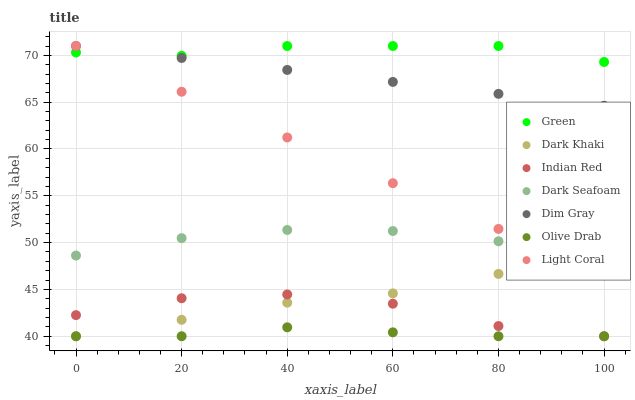
| xaxis_label | Green | Dark Khaki | Indian Red | Dark Seafoam | Dim Gray | Olive Drab | Light Coral |
 | --- | --- | --- | --- | --- | --- | --- | --- |
 | 0 | 70.3 | 40 | 42.3 | 48.6 | 71 | 40 | 71 |
 | 20 | 70 | 41.8 | 44.1 | 50.5 | 69.7 | 40 | 66.1 |
 | 40 | 71 | 43.6 | 44.5 | 51.4 | 68.4 | 41 | 61.2 |
 | 60 | 71 | 44.6 | 43.5 | 51.2 | 67.2 | 40.4 | 56.3 |
 | 80 | 71 | 46.7 | 41.1 | 50.1 | 65.9 | 40 | 51.5 |
 | 100 | 69.3 | 50 | 40 | 48.1 | 64.6 | 40 | 46.6 |